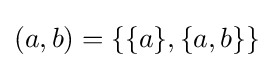
(a,b)=\{\{a\},\{a,b\}\}